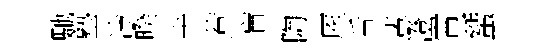
馳塾冷暌卡惹盲陶厔舌輩澄霄蜑